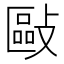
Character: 敺